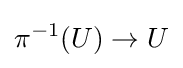
\pi ^{-1}(U)\to U